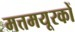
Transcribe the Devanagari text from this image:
मत्तमयूरकों